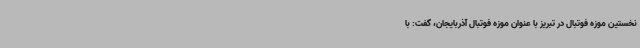
نخستین موزه فوتبال در تبریز با عنوان موزه فوتبال آذربایجان، گفت: با